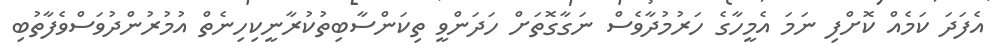
އެފަދަ ކަމެއް ކޮށްފި ނަމަ އެމީހާގެ ހަރުމުދާވެސް ނަގާގޮތަށް ހަދަަންވީ ތިކަންސާބިތުކުރާނީކިހިނެތް އުމުރުންދުވަސްވެފާތުބި